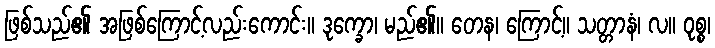
ဖြစ်သည်၏ အဖြစ်ကြောင့်လည်းကောင်း။ ဒုက္ခော၊ မည်၏။ တေန၊ ကြောင့်။ သတ္တာနံ၊ လ။ ဝုစ္စ၊